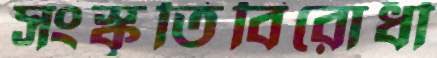
সংস্কৃতিবিরোধী